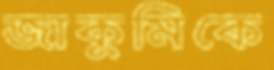
জাকুমিকে